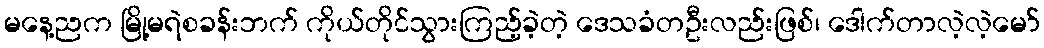
မနေ့ညက မြို့မရဲစခန်းဘက် ကိုယ်တိုင်သွားကြည့်ခဲ့တဲ့ ဒေသခံတဦးလည်းဖြစ်၊ ဒေါက်တာလဲ့လဲ့မော်